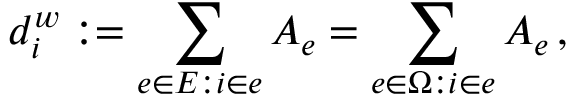
d _ { i } ^ { w } : = \sum _ { e \in E : i \in e } A _ { e } = \sum _ { e \in \upOmega : i \in e } A _ { e } \, ,